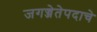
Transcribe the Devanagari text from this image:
जगज्जेतेपदाचे